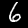
Digit: 6